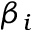
\beta _ { i }